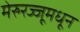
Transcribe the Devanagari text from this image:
मेरुरज्जूमधून